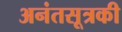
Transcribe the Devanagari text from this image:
अनंतसूत्रकी